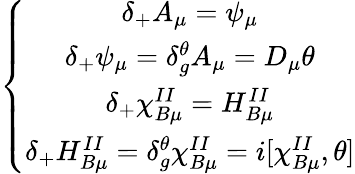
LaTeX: \left\{ \begin{array}{c}{{\delta_{+}A_{\mu}=\psi_{\mu}}}\\ {{\delta_{+}\psi_{\mu}=\delta_{g}^{\theta}A_{\mu}=D_{\mu}\theta}}\\ {{\delta_{+}\chi_{B\mu}^{II}=H_{B\mu}^{II}}}\\ {{\delta_{+}H_{B\mu}^{II}=\delta_{g}^{\theta}\chi_{B\mu}^{II}=i[\chi_{B\mu}^{II},\theta]}}\end{array}\right.